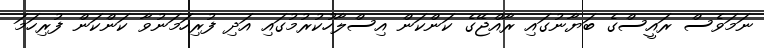
ނަމަވެސް ރައީސްގެ ބަޔާނުގައި ރާއްޖޭގެ ކަންކަން އިސްލާހުކުރުމުގައި އަދި ފުރިހަމަނުވާ ކަންކަން ފުރިހަމަ